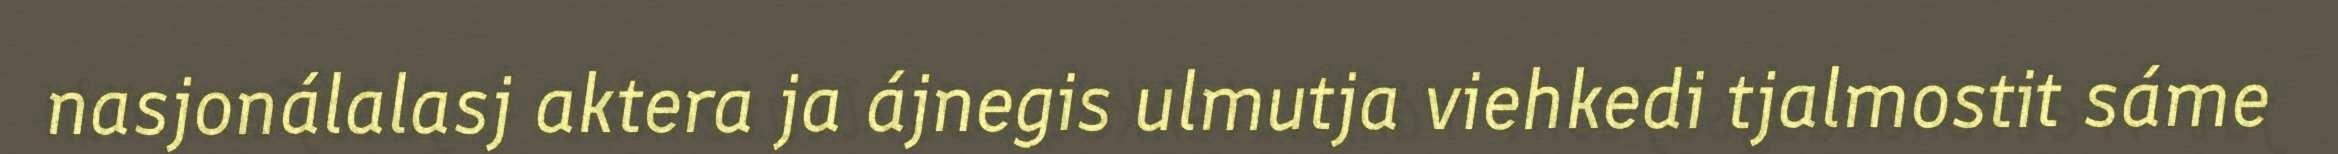
nasjonálalasj aktera ja ájnegis ulmutja viehkedi tjalmostit sáme